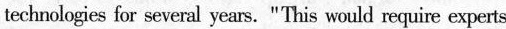
technoligies for several years. "This would require experts